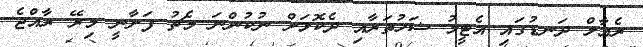
ރެއާލް ދަނޑުގައި އެޓީމު ޝަހުތަރާއި ދެކޮޅަށް ނުކުންނަ މެޗު ފަށާނީ މިރޭ ރާއްޖެ